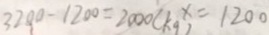
3 2 0 0 - 1 2 0 0 = 2 0 0 0 ( k g ) x = 1 2 0 0